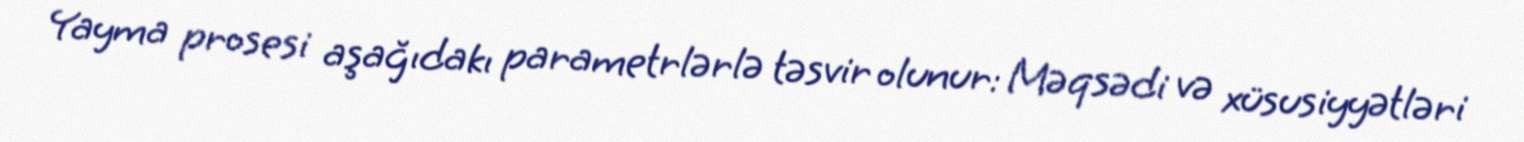
Yayma prosesi aşağıdakı parametrlərlə təsvir olunur: Məqsədi və xüsusiyyətləri